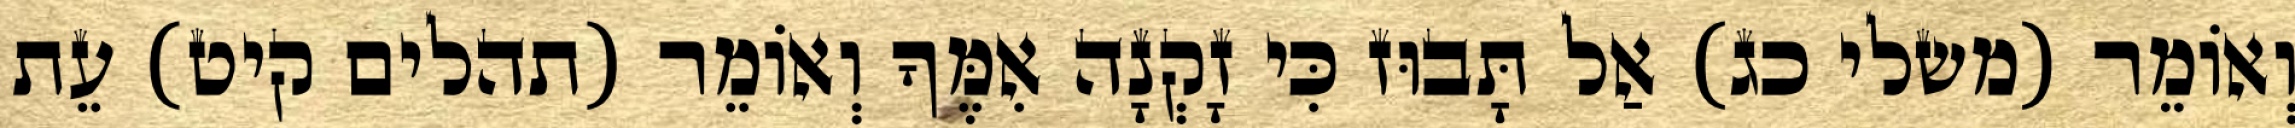
וְאוֹמֵר (משלי כג) אַל תָּבוּז כִּי זָקְנָה אִמֶּךָ וְאוֹמֵר (תהלים קיט) עֵת